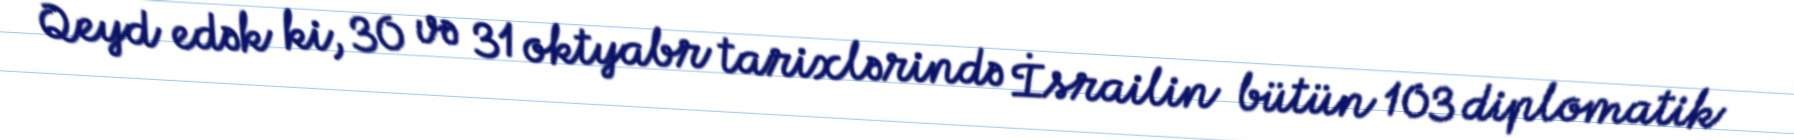
Qeyd edək ki, 30 və 31 oktyabr tarixlərində İsrailin bütün 103 diplomatik